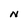
Character: N